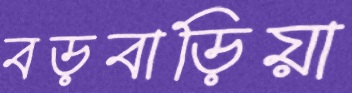
বড়বাড়িয়া